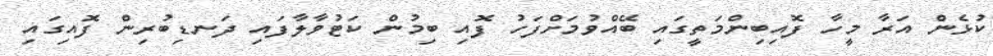
ކުޅެން އަރާ މީހާ ފޮއިބިންމަތީގައި ބޭއްވުމަށްފަހު ފޮއި ބިމުން ކަޓުވާލާފައި ދަނޑިބުރިން ފޮއިގައި